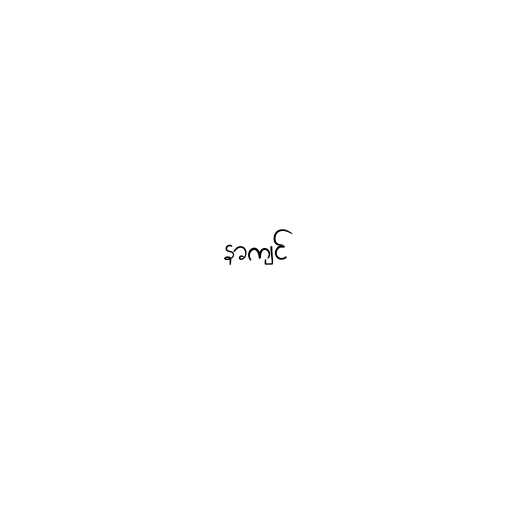
နာကျင်